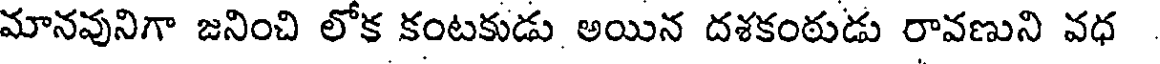
మానవునిగా జనించి లోక కంటకుడు అయిన దశకంఠుడు రావణుని వధ